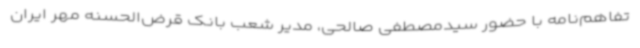
تفاهم‌نامه با حضور سیدمصطفی صالحی، مدیر شعب بانک قرض‌الحسنه مهر ایران